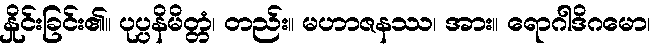
နှိုင်းခြင်း၏။ ပုပ္ပနိမိတ္တံ၊ တည်း။ မဟာဇနဿ၊ အား။ ရောဂါဒိဂမော၊